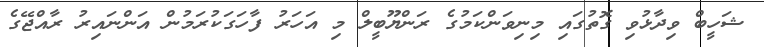
ޝަހީބް ވިދާޅުވި ގޮތުގައި މިނިވަންކަމުގެ ރަންޔޫބީލް މި އަހަރު ފާހަގަކުރަމުން އަންނައިރު ރާއްޖޭގެ